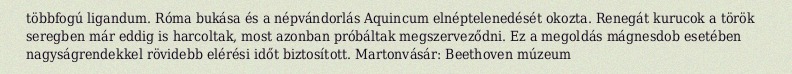
többfogú ligandum. Róma bukása és a népvándorlás Aquincum elnéptelenedését okozta. Renegát kurucok a török seregben már eddig is harcoltak, most azonban próbáltak megszerveződni. Ez a megoldás mágnesdob esetében nagyságrendekkel rövidebb elérési időt biztosított. Martonvásár: Beethoven múzeum